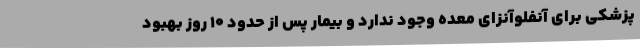
پزشکی برای آنفلوآنزای معده وجود ندارد و بیمار پس از حدود ۱۰ روز بهبود